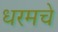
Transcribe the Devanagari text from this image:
धरमचे